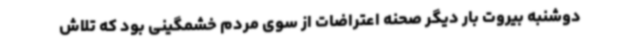
دوشنبه بیروت بار دیگر صحنه اعتراضات از سوی مردم خشمگینی بود که تلاش